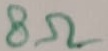
Text: 8Ω